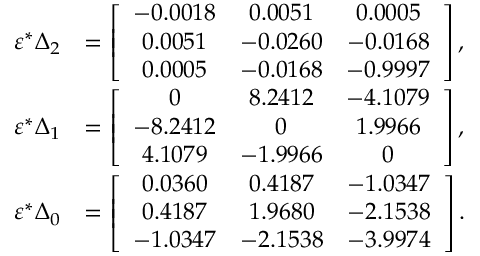
\begin{array} { r l } { \varepsilon ^ { * } \Delta _ { 2 } } & { = \left[ \begin{array} { c c c } { - 0 . 0 0 1 8 } & { 0 . 0 0 5 1 } & { 0 . 0 0 0 5 } \\ { 0 . 0 0 5 1 } & { - 0 . 0 2 6 0 } & { - 0 . 0 1 6 8 } \\ { 0 . 0 0 0 5 } & { - 0 . 0 1 6 8 } & { - 0 . 9 9 9 7 } \end{array} \right] , } \\ { \varepsilon ^ { * } \Delta _ { 1 } } & { = \left[ \begin{array} { c c c } { 0 } & { 8 . 2 4 1 2 } & { - 4 . 1 0 7 9 } \\ { - 8 . 2 4 1 2 } & { 0 } & { 1 . 9 9 6 6 } \\ { 4 . 1 0 7 9 } & { - 1 . 9 9 6 6 } & { 0 } \end{array} \right] , } \\ { \varepsilon ^ { * } \Delta _ { 0 } } & { = \left[ \begin{array} { c c c } { 0 . 0 3 6 0 } & { 0 . 4 1 8 7 } & { - 1 . 0 3 4 7 } \\ { 0 . 4 1 8 7 } & { 1 . 9 6 8 0 } & { - 2 . 1 5 3 8 } \\ { - 1 . 0 3 4 7 } & { - 2 . 1 5 3 8 } & { - 3 . 9 9 7 4 } \end{array} \right] . } \end{array}